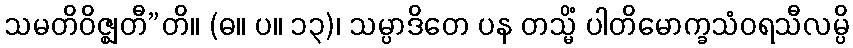
သမတိဝိဇ္ဈတီ”တိ။ (ဓ။ ပ။ ၁၃)၊ သမ္ပာဒိတေ ပန တသ္မိံ ပါတိမောက္ခသံဝရသီလမ္ပိ